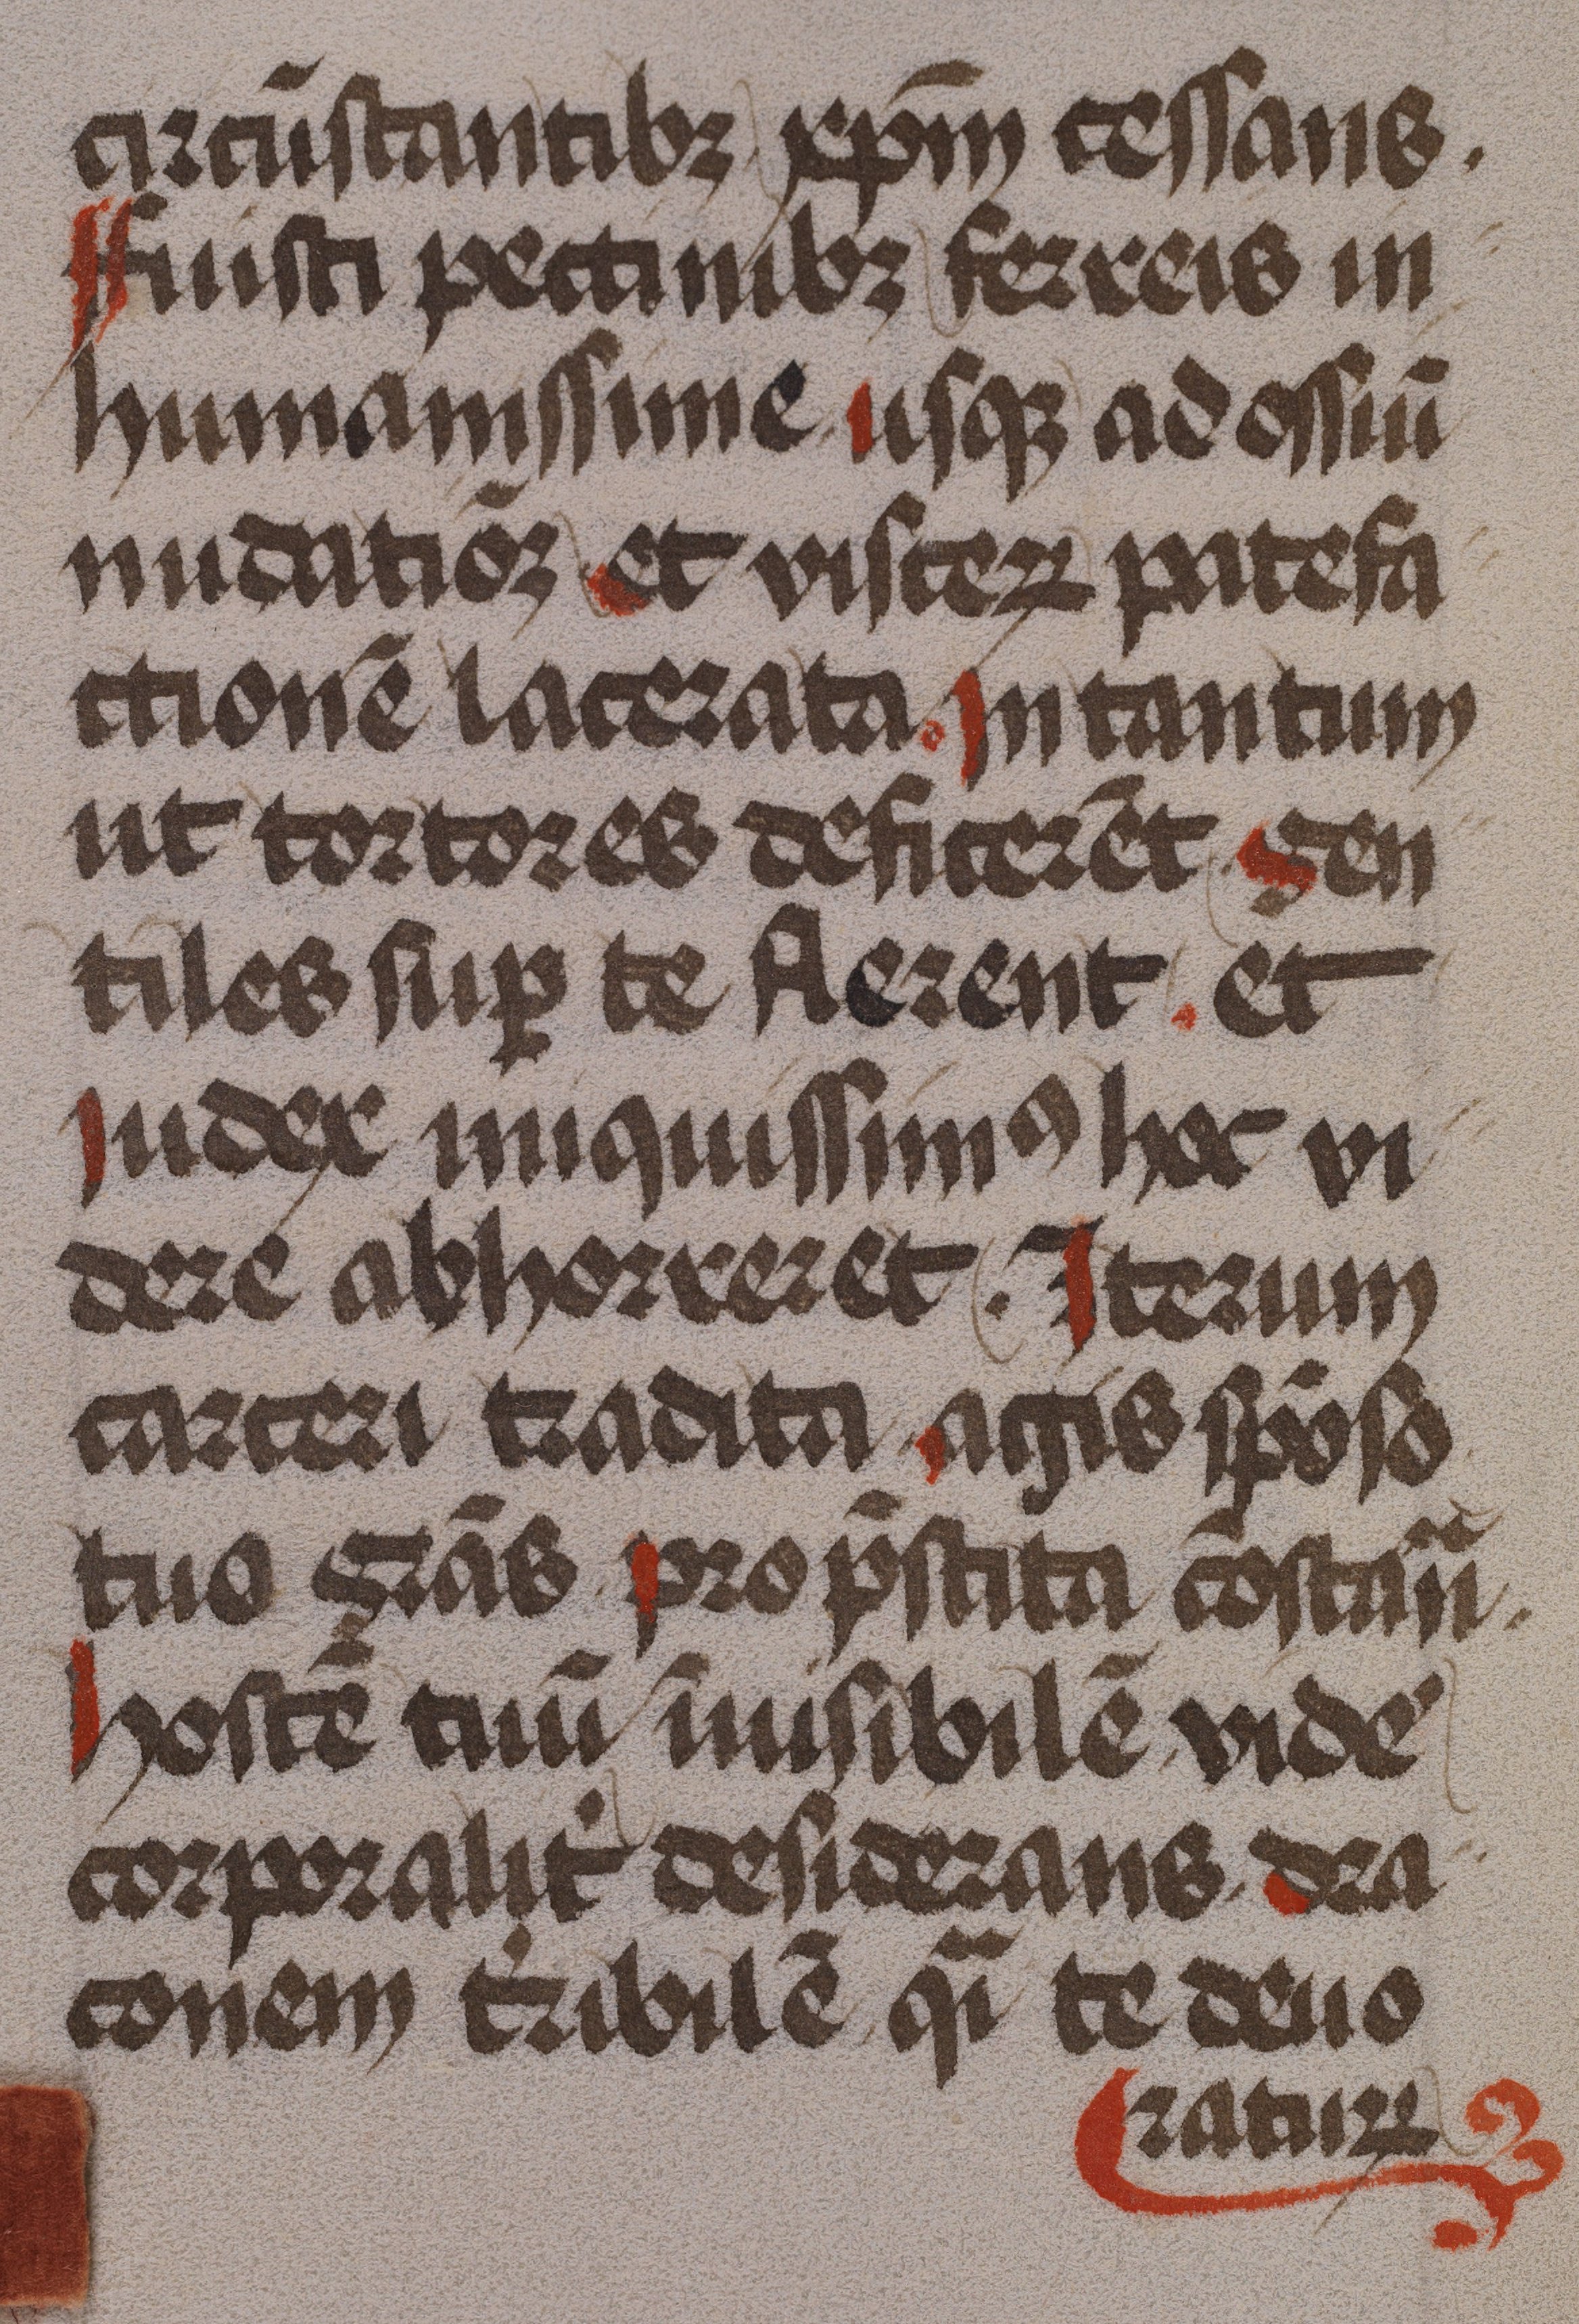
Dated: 1475–1499